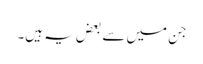
جن میں سے بعض یہ ہیں۔